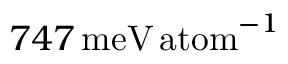
7 4 7 \, \mathrm { m e V \, a t o m } ^ { - 1 }